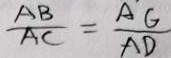
\frac { A B } { A C } = \frac { A G } { A D }